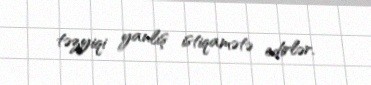
təzyiqi yanlış istiqamətə edirlər.